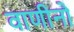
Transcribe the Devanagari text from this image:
वाणीनो